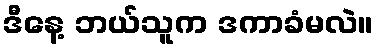
ဒီနေ့ ဘယ်သူက ဒကာခံမလဲ။